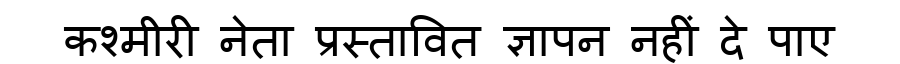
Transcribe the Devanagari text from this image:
कश्मीरी नेता प्रस्तावित ज्ञापन नहीं दे पाए